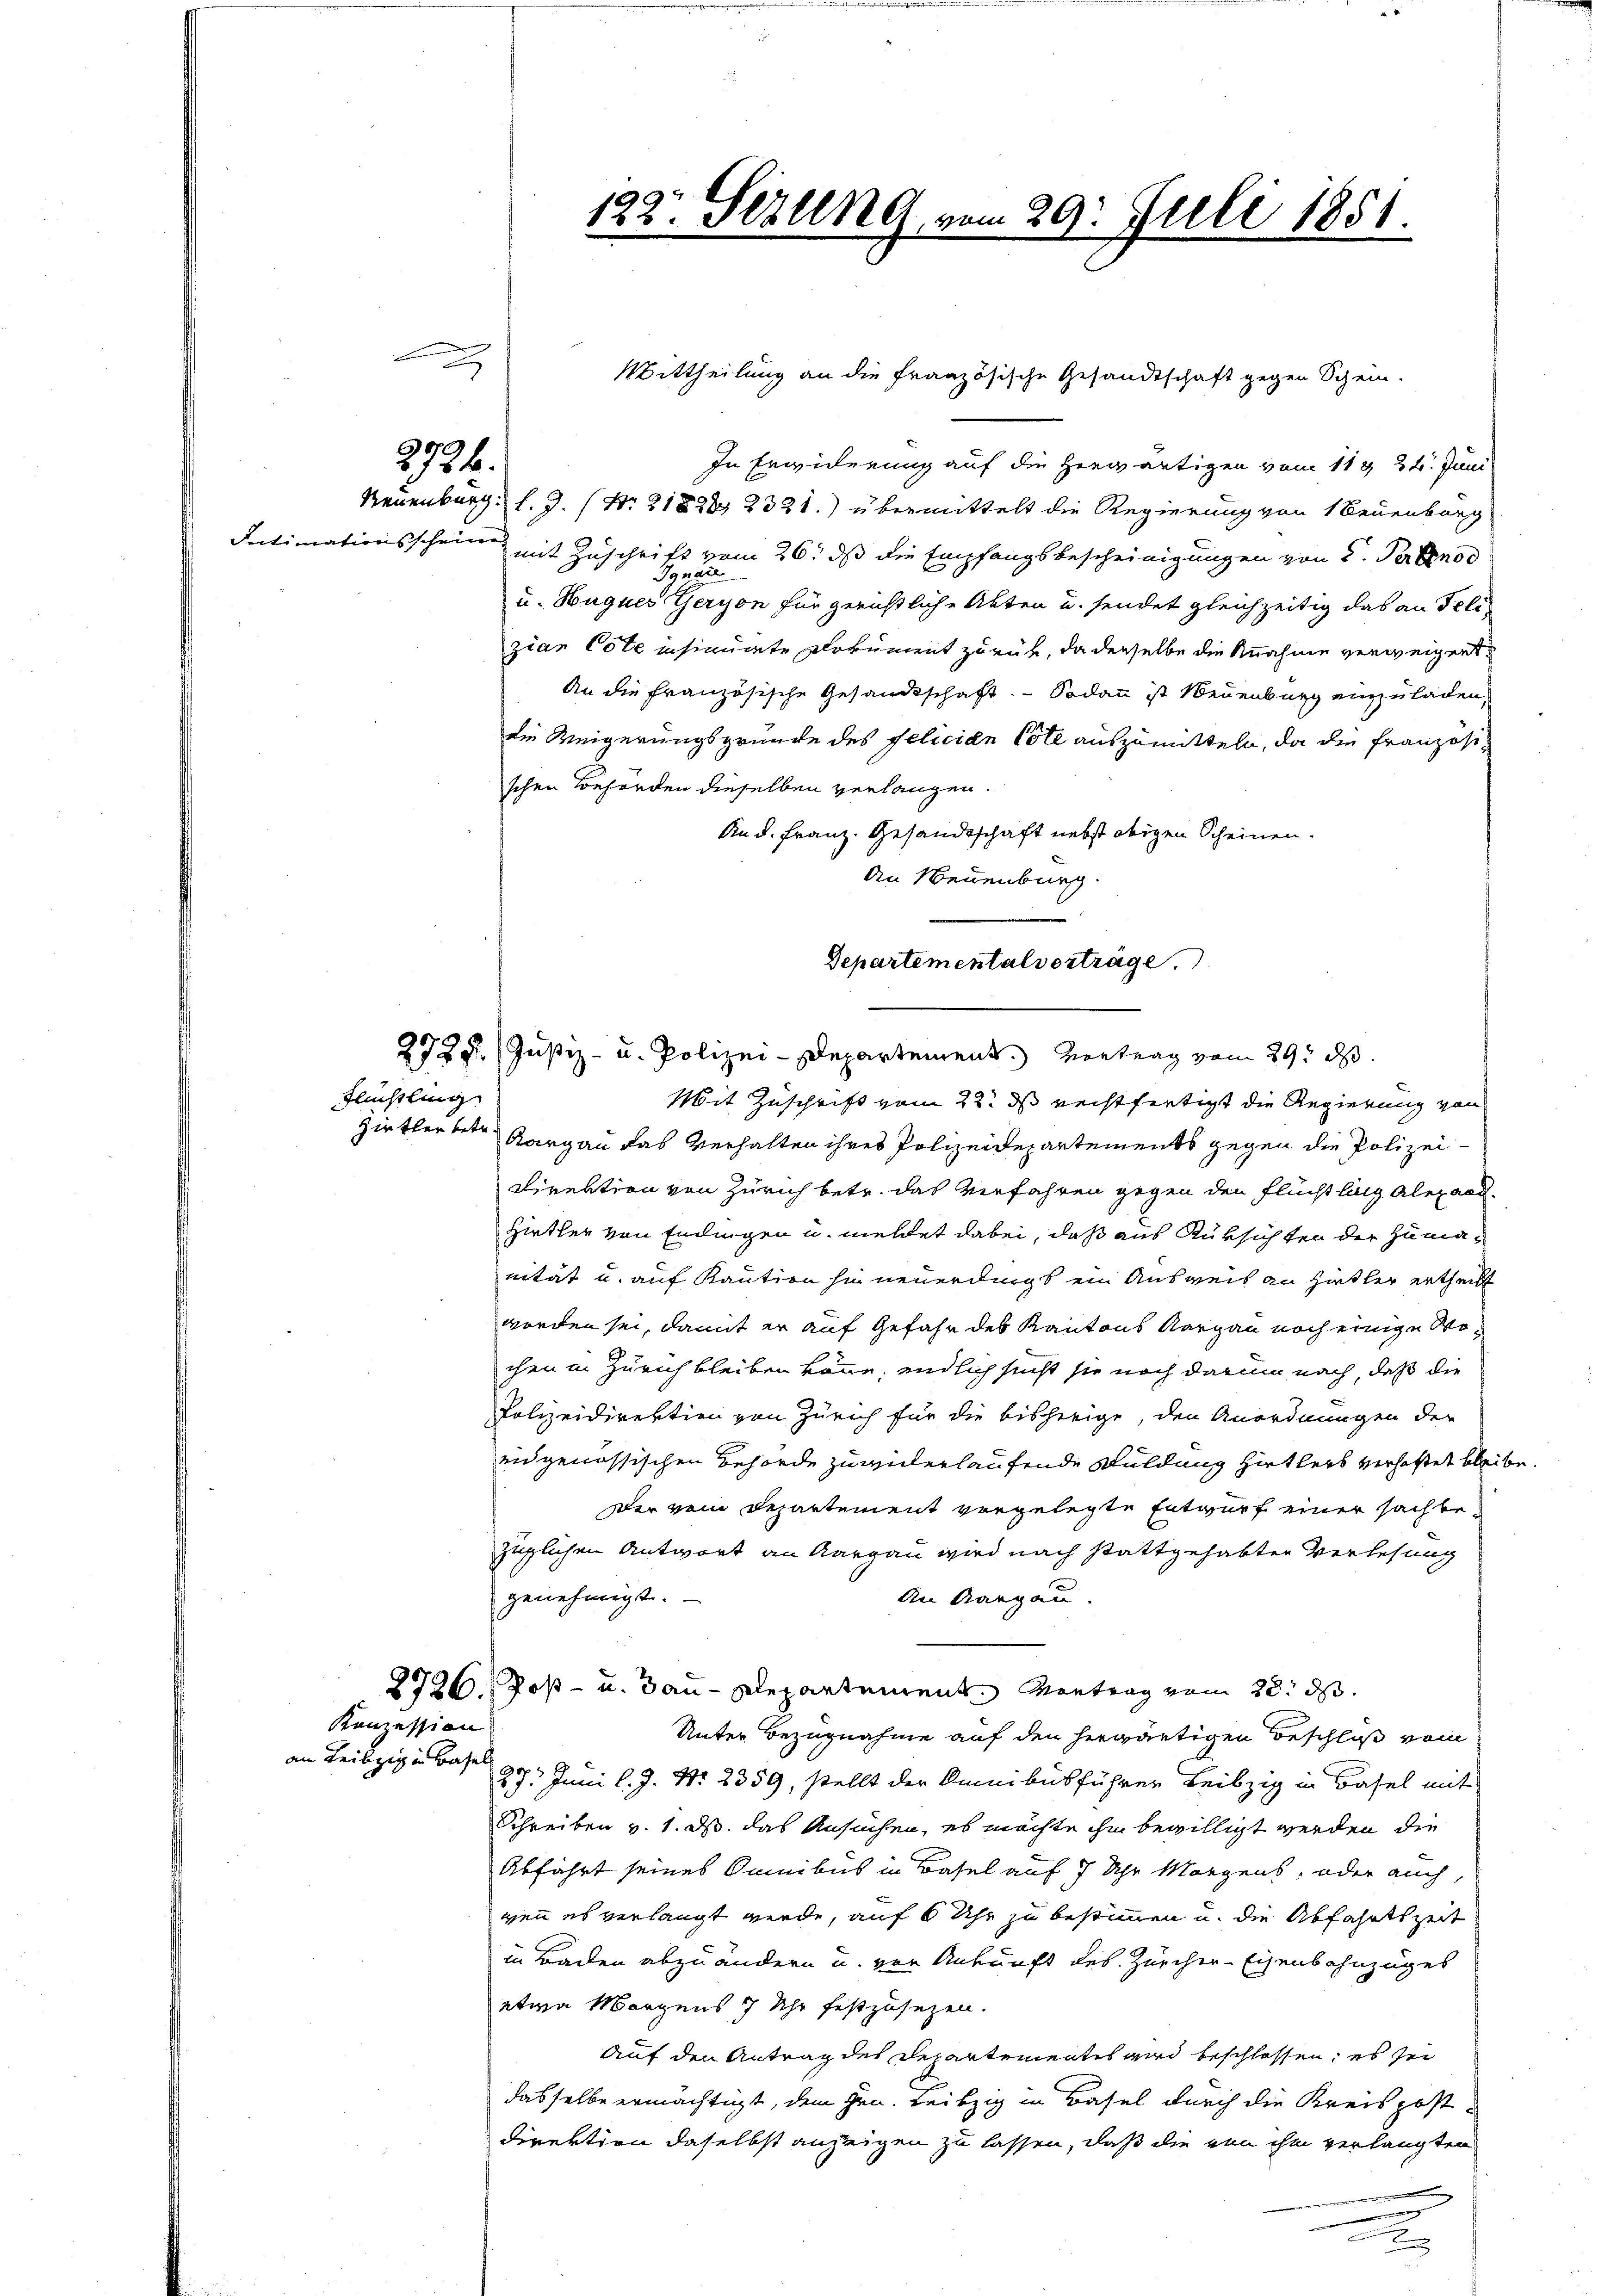
an Leibzig in Basel

Flüchtling

2734.

Konzession

5
In Erwiderung auf die herwärtigen vom 11 & 24. Juni
Neuenburg, l. J. (Nr. 21822 2331.) übermittelt die Regierung von Neuenburg
Intimationsschein mit Zuschrift vom 26. ds die Empfangsbescheinigungen von 5. Perben od
u. Hugues Geryon für gerichtliche Akten u. sendet gleichzeitig das an Feli
zian Cote insinuate Dokument zurück, da derselbe die Annahme verweigent
An die Französische Gesandtschaft. — Sodann ist Neuenburg einzuladen,
die Weigerungsgründe des Felician Tote auszumitteln, da die Französischen Behörden dieselben verlangen.
And. Franz. Gesandtschaft nebst obigen Scheinen.
An Neuenburg.
Departementalverträge.

122. Sezung u.

m 29. Juli 1851.

Mittheilung an die französische Gesandtschaft gegen Schein-

2729. Justiz- u. Polizei-Departement. Vortrag vom 29. ds.

Mit Zuschrift vom 22. ds rechtfertigt die Regierung von
Zirther betr. Aargau das Verhalten ihres Polizeidepartements gegen die Polizei¬
Direktion von Zürich betr. das Verfahren gegen den Flücht lang Alexand
Hirtler von Endingen u. meldet dabei, daß aus Rüksichter der Zumanität u. auf Kaution hin neuerdings ein Ausweis an Hitler ertheilt
worden sei, damit er auf Gefahr des Kantons Aargau noch einige Wochen in Zürich bleiben könne, endlich sucht sie noch darum nach, daß die
Polizeidirektion von Zürich für die bisherige, den Anordnungen der
eidgenössischen Behörde zu vielerlaufende Schuldung hietters verhaftet bleibe.
Der vom Departement vorgelegte Entwurf einer sachbezüglichen Antwort an Aargau wird nach stattgehabten Verlesung
genehmigt.
An Aargau.
2726. Post- u. Bau-Departement. Vortrag vom 28. ds.
Unter Bezugnahme auf den herwärtigen Beschloß vom
27. Juni l. J. Nr. 2359, stellt der Amnibusführer Leibzig in Basel mit
Schreiben v. 1. ds. das Ansuchen, es möchte ihm bewilligt werden die
Abführt seines Sanibus in Basel auf 7 Uhr Morgens, oder auch,
wen es verlangt werde, auf 6 Uhr zu bestimmen u. die Abfahrtszeit
in Backen abzuändern u. vor Ankunft des Zürcher-Eisenbahnzuges
etwa Morgens 7 Uhr festzusetzen.
Auf den Antrag des Departementes wird beschlossen; es sei
dasselbe ermächtigt, dem Hrn. Leibzig in Basel durch die Kreispost
Direktion daselbst anzeigen zu lassen, daß die von ihm verlangten
a